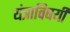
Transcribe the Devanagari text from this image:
यंत्राविषयी